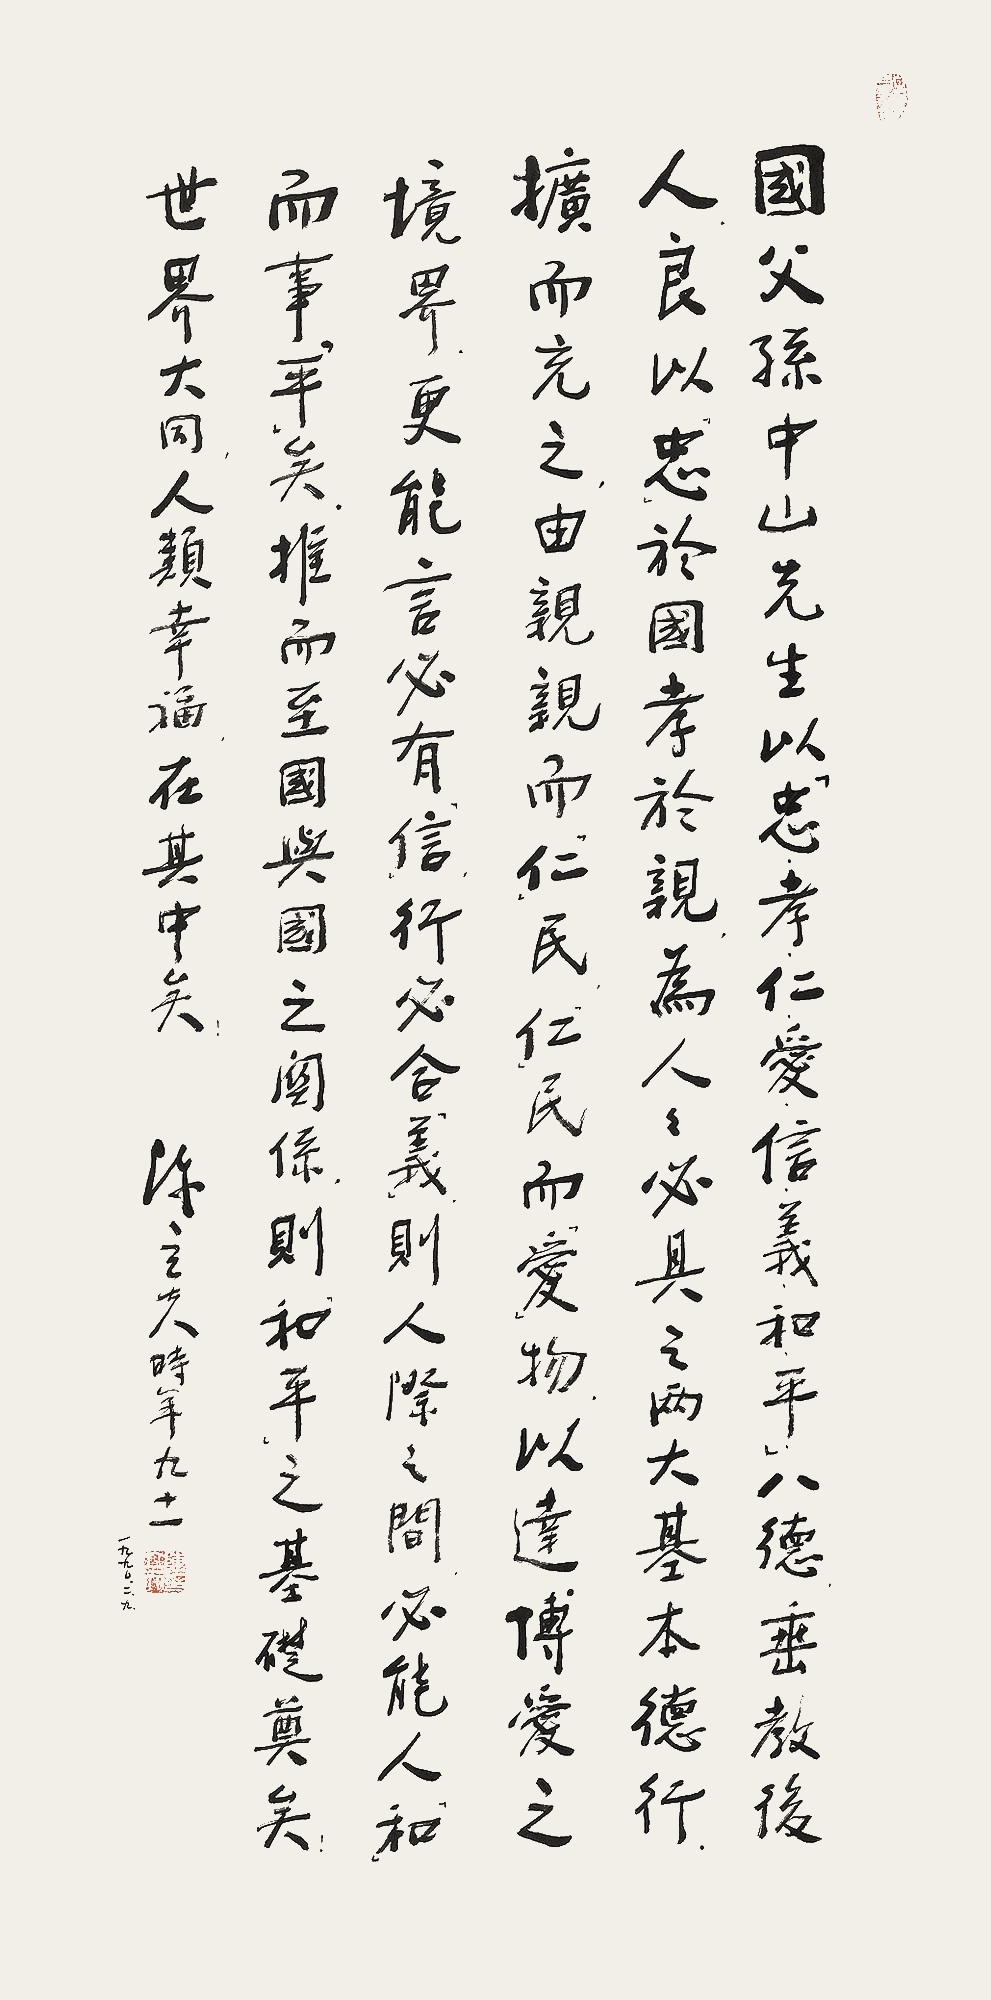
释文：国父孙中山先生以「忠、孝、仁、爱、信、义、和、平」八德垂教后人，良以「忠」于国、孝于亲，而人人必具之两大基本德行。扩而充之，由亲亲而「仁」民，「仁」民而「爱」物，以达博爱之境界。更能言必有「信」、行必合「义」，则人际之间，必能人「和」而事「平」矣。推而至国与国之关系，则「和平」之基础奠矣！世界大同，人类幸福，在其中矣！陈立夫时年九十一，一九九〇、二、九。弘毅斋、陈立夫印